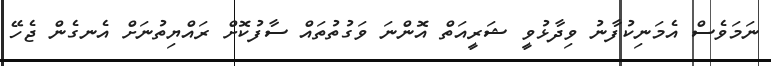
ނަމަވެސް އެމަނިކުފާނު ވިދާޅުވީ ޝަރީއަތް އޮންނަ ވަގުތުތައް ސާފުކޮށް ރައްޔިތުނަށް އެނގެން ޖެހޭ